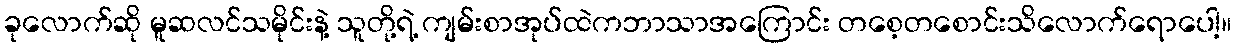
ခုလောက်ဆို မူဆလင်သမိုင်းနဲ့ သူတို့ရဲ့ ကျမ်းစာအုပ်ထဲကဘာသာအကြောင်း တစေ့တစောင်းသိလောက်ရောပေါ့။